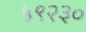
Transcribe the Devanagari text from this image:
५९२३०